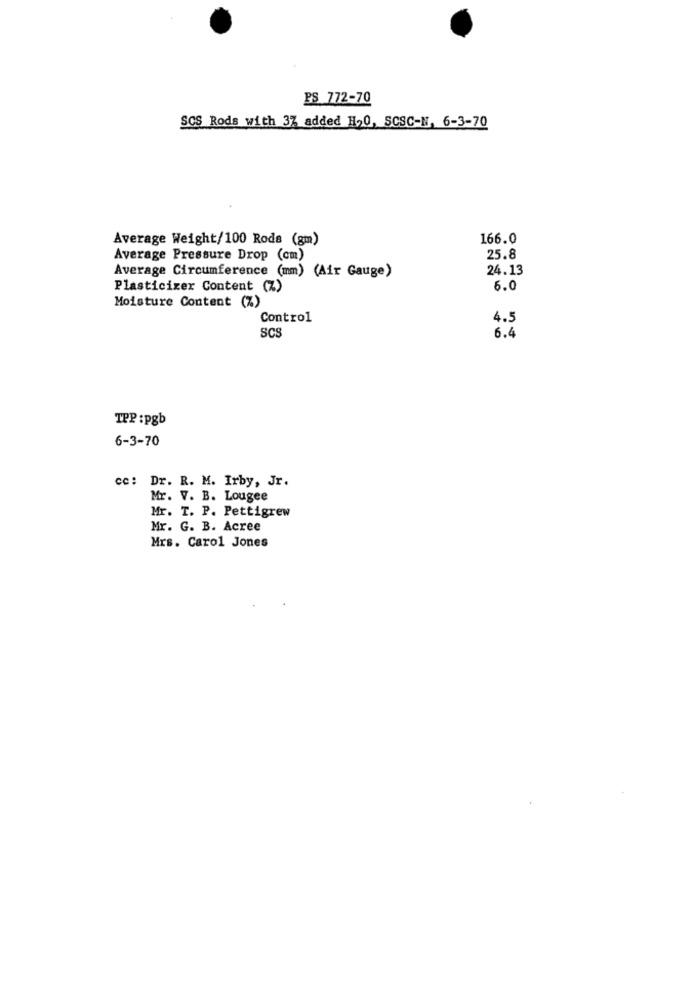
PS 772-70
SCS Rods with 37 added H20, SCSC-N, 6-3-70
Average Weight/100 Rods (gm)
166.0
Average Pressure Drop (cm)
25.8
24.13
Average Circumference (mm) (Air Gauge)
Plasticizer Content (%)
6.0
Moisture Content (%)
Control
4.5
SCS
6.4
TPP :pgb
6-3-70
cc: Dr. R. M. Irby, Jr.
Mr. V. B. Lougee
Mr. T. P. Pettigrew
Mr. G. B. Acree
Mrs. Carol Jones